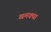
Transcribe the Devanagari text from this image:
खमक्या